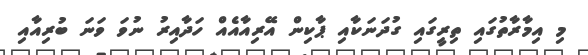
މި އިމާރާތުގައި ތިރީގައި ގުދަނަކާއި ޕާކިން އޭރިއާއެއް ހަދާއިރު ނުވަ ވަނަ ބުރިއާއި